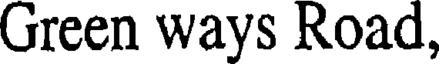
Green ways Road,